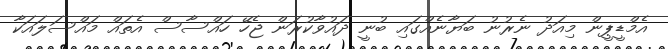
އެމްޑީޕީން މިއަދު ނެރުނު ބަޔާނެއްގައި ބުނީ ދައުވާކުރަން ޖެހޭ ހައްސާސް އެތައް މައްސަލައަކާ